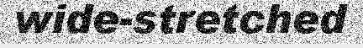
wide-stretched